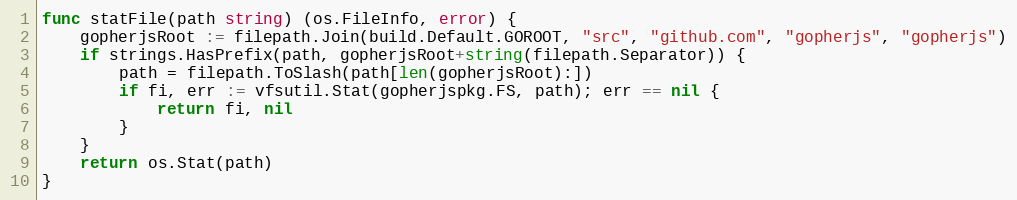
Language: Go
func statFile(path string) (os.FileInfo, error) {
	gopherjsRoot := filepath.Join(build.Default.GOROOT, "src", "github.com", "gopherjs", "gopherjs")
	if strings.HasPrefix(path, gopherjsRoot+string(filepath.Separator)) {
		path = filepath.ToSlash(path[len(gopherjsRoot):])
		if fi, err := vfsutil.Stat(gopherjspkg.FS, path); err == nil {
			return fi, nil
		}
	}
	return os.Stat(path)
}